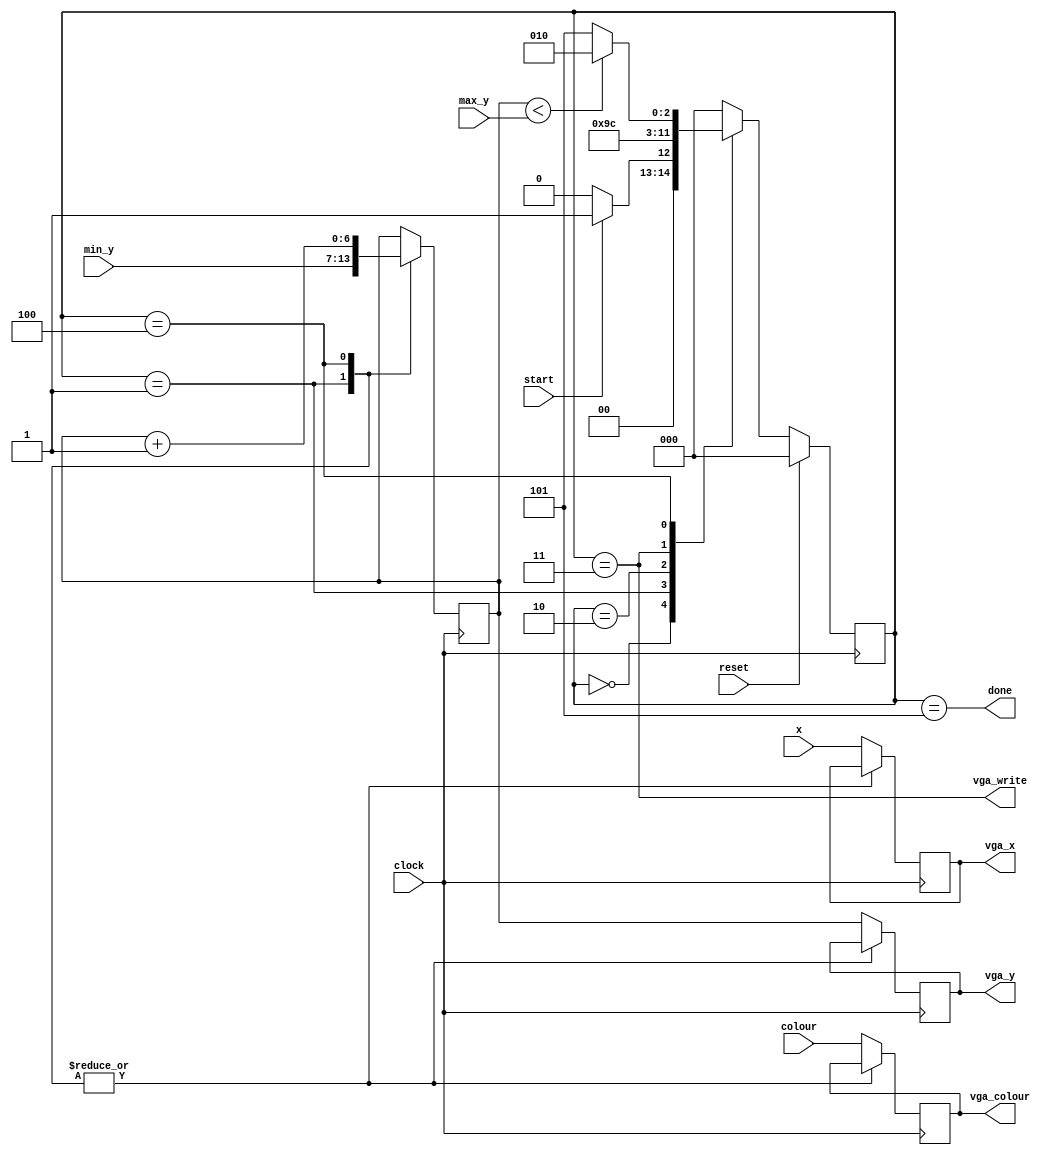
module draw_vertical_line(clock, reset,
                          start, done,
                          x, min_y, max_y, colour,
                          vga_x, vga_y, vga_colour, vga_write);

    // Global clock and reset
    input clock;
    input reset;

    // External control signals
    input start;
    output done;

    // Inputs
    input [7:0] x;        // Horizontal position of line
    input [6:0] max_y;    // Starting y-coordinates
    input [6:0] min_y;    // Ending y-coordinate
    input [17:0] colour;  // Colour of line

    // Signals to the VGA adapter
    output reg [7:0] vga_x;
    output reg [6:0] vga_y;
    output reg [17:0] vga_colour;
    output vga_write;


    reg [2:0] state;

    // Flip-flop assignments
    localparam WAIT          = 3'd0,
               INITIALIZE    = 3'd1,
               UPDATE        = 3'd2, // draw the middle square
               DRAW          = 3'd3,
               INCREMENT     = 3'd4, // wait for the VGA to draw the middle square
               DONE          = 3'd5;

    // state assignments
    always @(posedge clock) begin
        if (reset)
            state <= WAIT;
        else begin
            case (state)
                WAIT:            state <= start ? INITIALIZE : WAIT;
                INITIALIZE:      state <= UPDATE;

                UPDATE:          state <= DRAW;
                DRAW:            state <= INCREMENT;
                INCREMENT:       state <= (curr_y < max_y) ? UPDATE : DONE;

                DONE:            state <= WAIT;
                default:         state <= WAIT;
            endcase
        end
    end

    // local values
    reg [6:0] curr_y;

    // output signal logic
    assign done = state == DONE;
    assign vga_write = state == DRAW;

    /* -----------DATAPATH------------ */

    always @(posedge clock) begin
        case (state)
        INITIALIZE:
            begin
                curr_y <= min_y;
            end

        UPDATE:
            begin
                vga_x[7:0] <= x;
                vga_y[6:0] <= curr_y;
                vga_colour <= colour;
            end

        INCREMENT:
            begin
                 curr_y <= curr_y + 1;
            end
        
        default:
            begin
                vga_x <= x;
                vga_y <= curr_y;
                vga_colour <= colour;
            end
        endcase
    end

endmodule